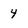
Character: 4